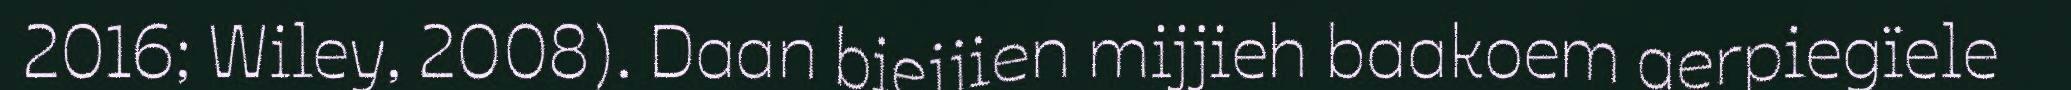
2016; Wiley, 2008). Daan biejjien mijjieh baakoem aerpiegïele